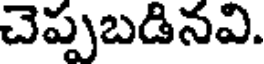
చెప్పబడినవి.